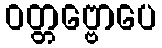
ဝတ္တဗ္ဗောပေ